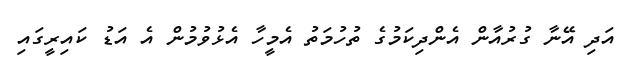
އަދި އޭނާ ގުރުއާން އެންދިކަމުގެ ތުހުމަތު އެމީހާ އެޅުވުމުން އެ އަޑު ކައިރީގައި